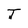
Character: I